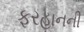
ફરહાનની